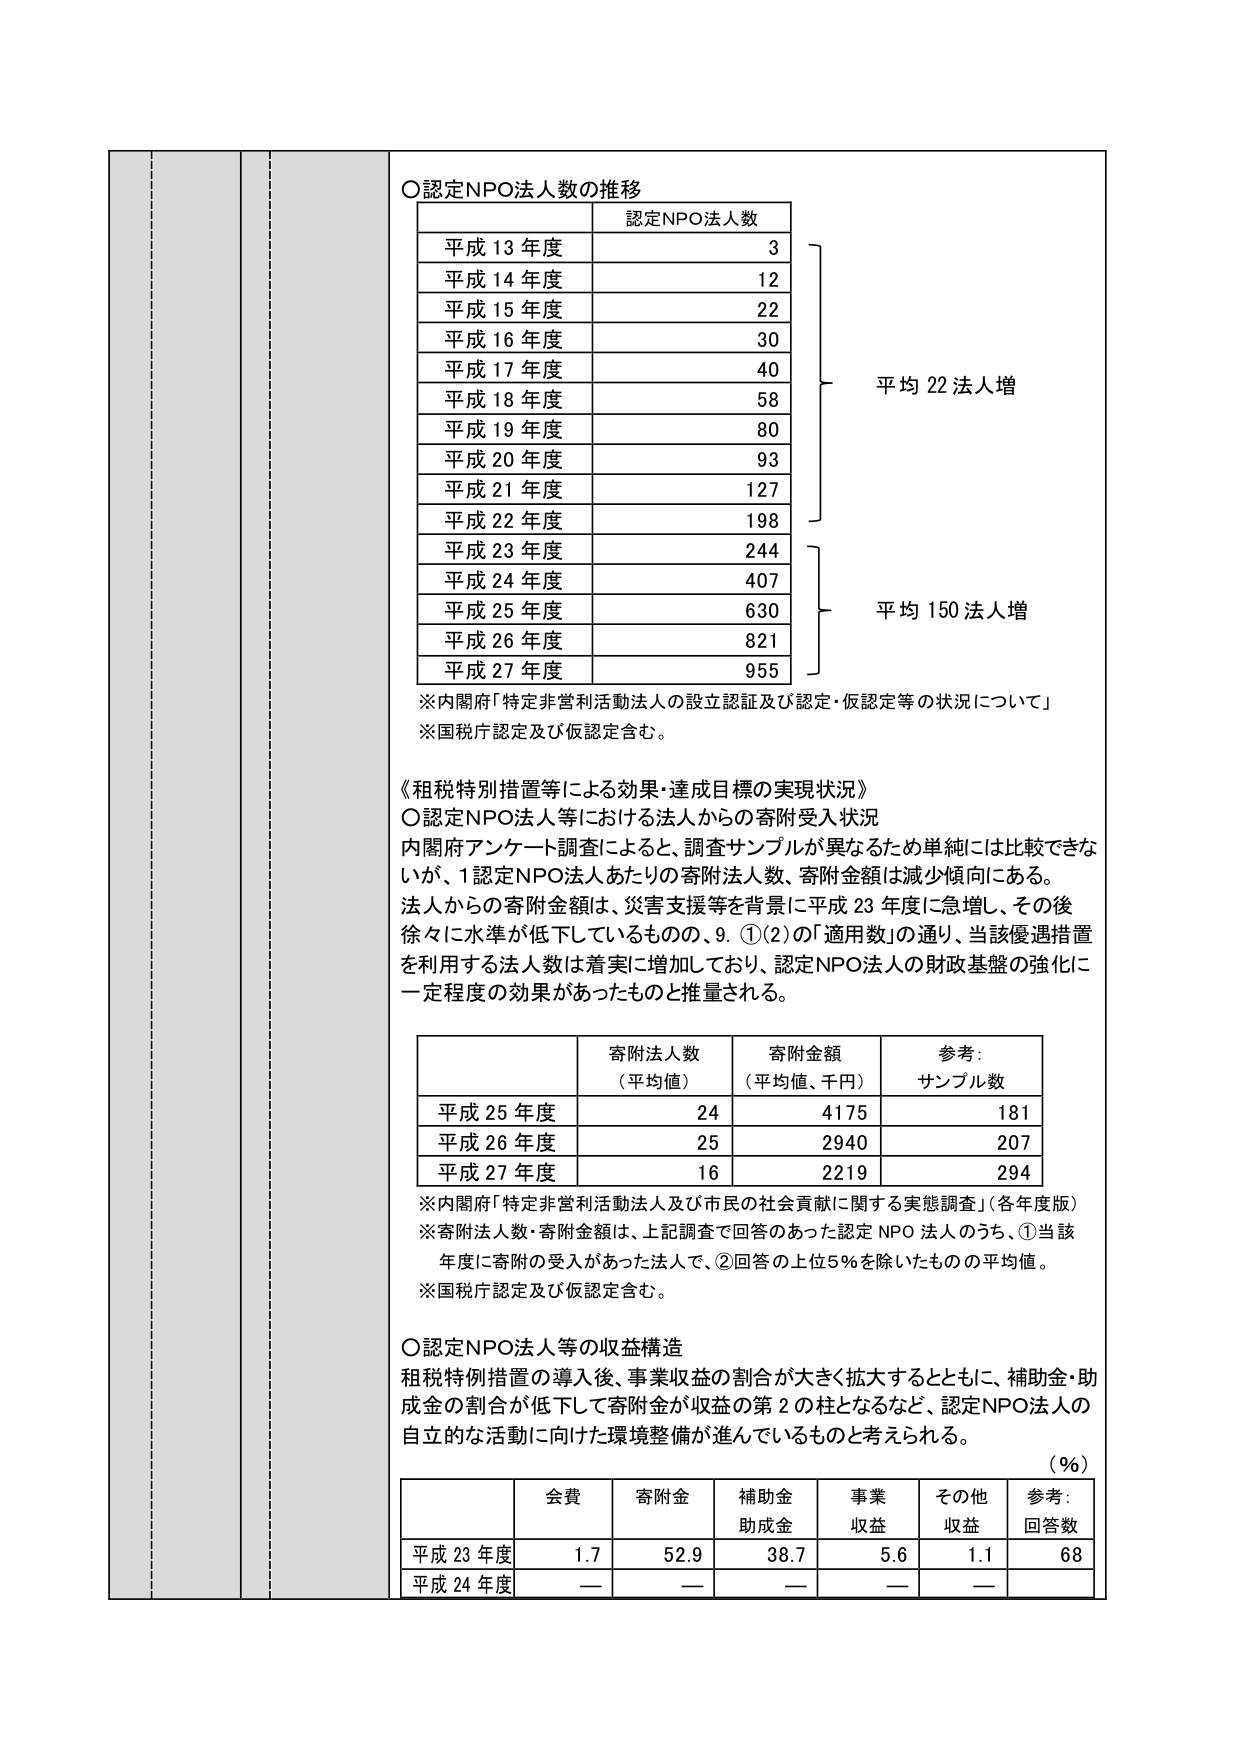
〇認定NPO法人数の推移
認定NPO法人数
平成13年度 3
平成14年度 12
平成15年度 22
平成16年度 30
平成17年度 40
平成18年度 58
平成19年度 80
平成20年度 93
平成21年度 127
平成22年度 198
平成23年度 244
平成24年度 407
平成25年度 630
平成26年度 821
平成27年度 955
平均22法人増
平均150法人増
※内閣府「特定非営利活動法人の設立認証及び認定・仮認定等の状況について」
※国税庁認定及び仮認定含む。

《租税特別措置等による効果・達成目標の実現状況》
〇認定NPO法人等における法人からの寄附受入状況
内閣府アンケート調査によると、調査サンプルが異なるため単純には比較できな
いが、1認定NPO法人あたりの寄附法人数、寄附金額は減少傾向にある。
法人からの寄附金額は、災害支援等を背景に平成23年度に急増し、その後
徐々に水準が低下しているものの、9.①(2)の「適用数」の通り、当該優遇措置
を利用する法人数は着実に増加しており、認定NPO法人の財政基盤の強化に
一定程度の効果があったものと推量される。

寄附法人数（平均値） 寄附金額（平均値、千円） 参考：サンプル数
平成25年度 24 4175 181
平成26年度 25 2940 207
平成27年度 16 2219 294
※内閣府「特定非営利活動法人及び市民の社会貢献に関する実態調査」（各年度版）
※寄附法人数・寄附金額は、上記調査で回答のあった認定NPO法人のうち、①当該
年度に寄附の受入があった法人で、②回答の上位5％を除いたものの平均値。
※国税庁認定及び仮認定含む。

〇認定NPO法人等の収益構造
租税特例措置の導入後、事業収益の割合が大きく拡大するとともに、補助金・助
成金の割合が低下して寄附金が収益の第2の柱となるなど、認定NPO法人の
自立的な活動に向けた環境整備が進んでいるものと考えられる。

（％）
会費 寄附金 補助金助成金 事業収益 その他収益 参考：回答数
平成23年度 1.7 52.9 38.7 5.6 1.1 68
平成24年度 — — — — — —